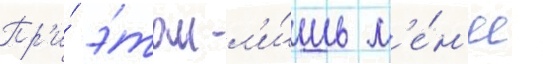
Пр'и́ э́том л'и́шь м'е́н'ее